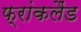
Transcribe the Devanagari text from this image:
फ्रांकलैंड